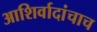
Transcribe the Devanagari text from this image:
आशिर्वादांचाच